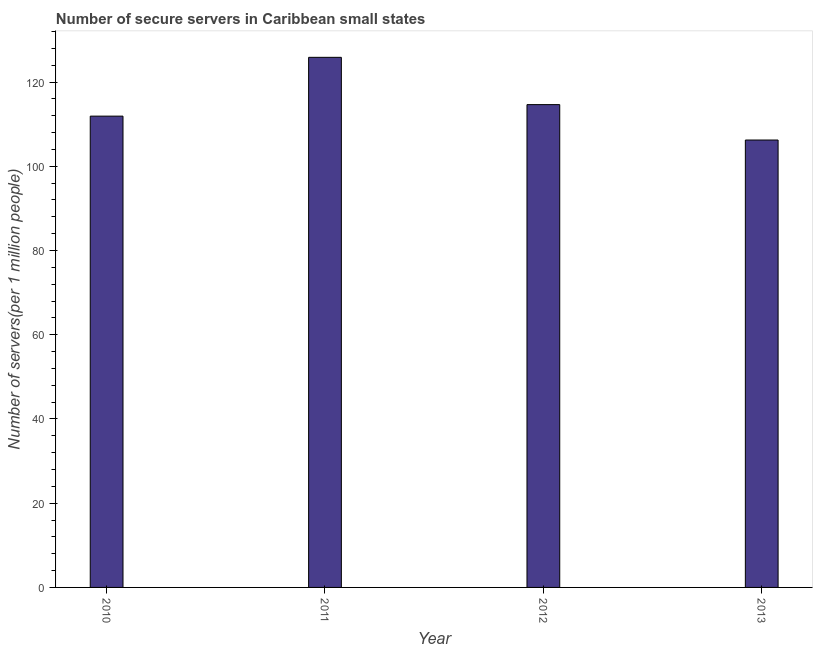
| Year | Secure Internet servers |
 | --- | --- |
 | 2010 | 112 |
 | 2011 | 126 |
 | 2012 | 115 |
 | 2013 | 106 |